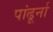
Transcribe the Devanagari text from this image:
पांढूर्ना